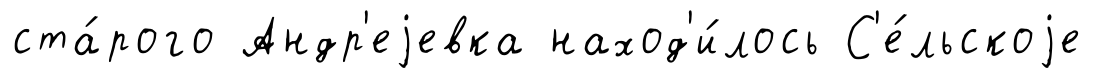
ста́рого Андр'еjевка наход'и́лось С'е́льскоjе